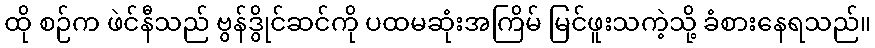
ထို စဉ်က ဖဲင်နီသည် ဗွန်ဒွိုင်ဆင်ကို ပထမဆုံးအကြိမ် မြင်ဖူးသကဲ့သို့ ခံစားနေရသည်။